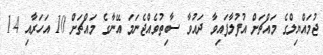
ޖުމައްޔިލްގެ މައްޗަށް އުފުލާފައިވާ ދައުވާ ސާބިތުވެއްޖެނަމަ އޭނާގެ މައްޗަށް 10 އަހަރާއި 14